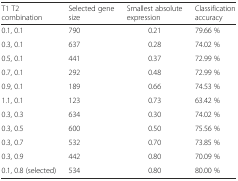
<table><thead><tr><td><b>T1 T2 combination</b></td><td><b>Selected gene size</b></td><td><b>Smallest absolute expression</b></td><td><b>Classification accuracy</b></td></tr></thead><tbody><tr><td>0.1, 0.1</td><td>790</td><td>0.21</td><td>79.66 %</td></tr><tr><td>0.3, 0.1</td><td>637</td><td>0.28</td><td>74.02 %</td></tr><tr><td>0.5, 0.1</td><td>441</td><td>0.37</td><td>72.99 %</td></tr><tr><td>0.7, 0.1</td><td>292</td><td>0.48</td><td>72.99 %</td></tr><tr><td>0.9, 0.1</td><td>189</td><td>0.66</td><td>74.53 %</td></tr><tr><td>1.1, 0.1</td><td>123</td><td>0.73</td><td>63.42 %</td></tr><tr><td>0.3, 0.3</td><td>634</td><td>0.30</td><td>74.02 %</td></tr><tr><td>0.3, 0.5</td><td>600</td><td>0.50</td><td>75.56 %</td></tr><tr><td>0.3, 0.7</td><td>532</td><td>0.70</td><td>73.85 %</td></tr><tr><td>0.3, 0.9</td><td>442</td><td>0.80</td><td>70.09 %</td></tr><tr><td>0.1, 0.8 (selected)</td><td>534</td><td>0.80</td><td>80.00 %</td></tr></tbody></table>